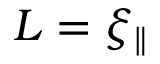
L = \xi _ { \parallel }